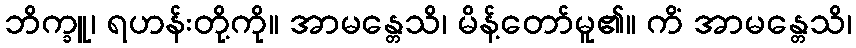
ဘိက္ခူ၊ ရဟန်းတို့ကို။ အာမန္တေသိ၊ မိန့်တော်မူ၏။ ကိံ အာမန္တေသိ၊